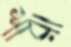
শারী